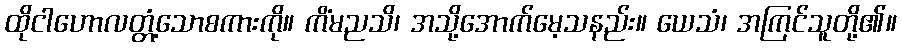
ထိုငါဟောလတ္တံ့သောစကားကို။ ကိံမညသိ၊ အသို့အောက်မေ့သနည်း။ ယေသံ၊ အကြင်သူတို့၏။